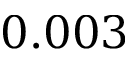
0 . 0 0 3